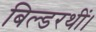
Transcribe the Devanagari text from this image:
बिल्डरथीं।